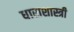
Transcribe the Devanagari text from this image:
धाराशास्त्री